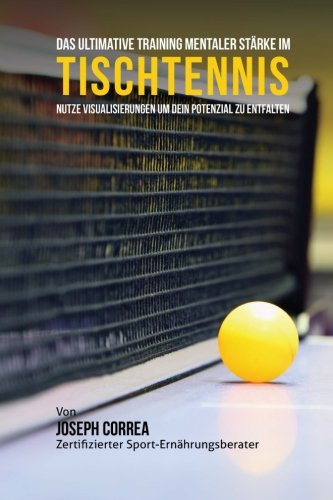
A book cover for Das Ultimative Training Mentaler Starke im Tischtennis: Nutze Visualisierungen um dein Potenzial zu entfalten (German Edition); Joseph Correa (Zertifizierter Meditationslehrer); Sports & Outdoors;